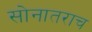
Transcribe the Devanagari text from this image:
सोनातराच